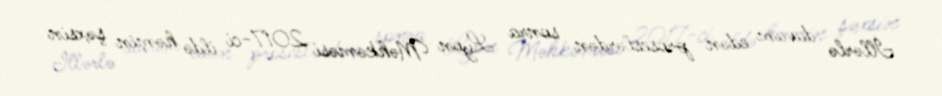
İllərlə davam edən proseslərdən sonra Lyon Məhkəməsi 2017-ci ildə həmin şəxsin